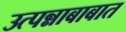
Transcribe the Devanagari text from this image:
उत्पन्नाबाबात